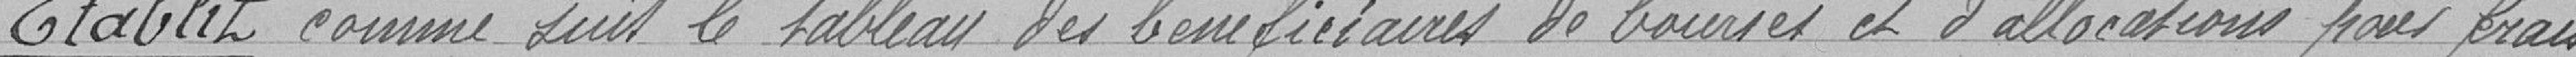
Etablit comme suis le tableau des bénéficiaires de bourses et allocations pour frais